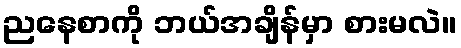
ညနေစာကို ဘယ်အချိန်မှာ စားမလဲ။